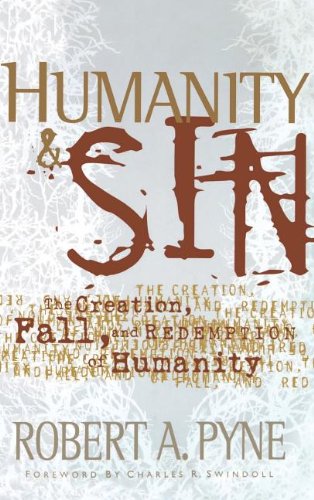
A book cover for Humanity and   Sin (Swindoll Leadership Library); Robert Pyne; Christian Books & Bibles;